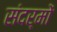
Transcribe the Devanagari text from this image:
संदर्मों